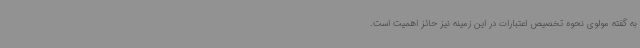
به گفته مولوی نحوه تخصیص اعتبارات در این زمینه نیز حائز اهمیت است.